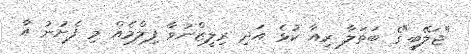
"ޖަލޭބީ"ގެ ބަތަލާ ރިއާ ކުޅެ އަދި ރިލީޒްނުވާ ފިލްމެއް މި ފެށުނު އާ